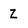
Character: Z